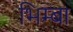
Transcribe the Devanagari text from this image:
भिम्बा